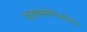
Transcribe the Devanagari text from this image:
द्य्स्बक्तेरिओसिस